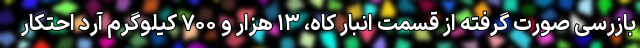
بازرسی صورت گرفته از قسمت انبار کاه، ۱۳ هزار و ۷۰۰ کیلوگرم آرد احتکار